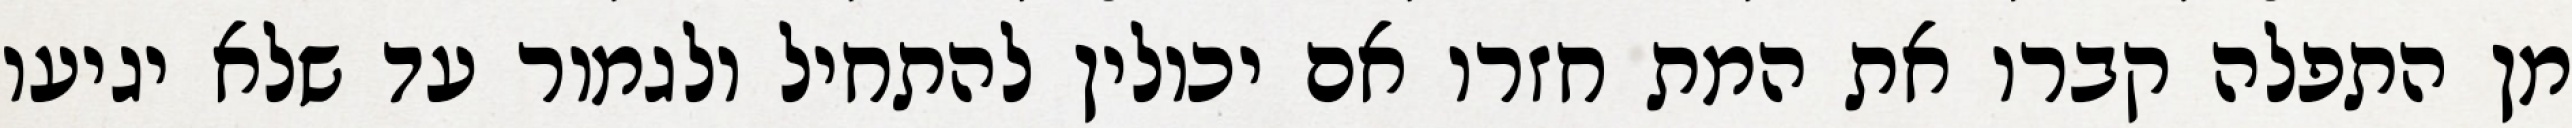
מן התפלה קברו את המת חזרו אם יכולין להתחיל ולגמור עד שלא יגיעו